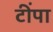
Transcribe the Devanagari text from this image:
टींपा